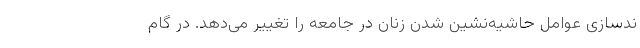
ندسازی عوامل حاشیه‌نشین شدن زنان در جامعه را تغییر می‌دهد. در گام